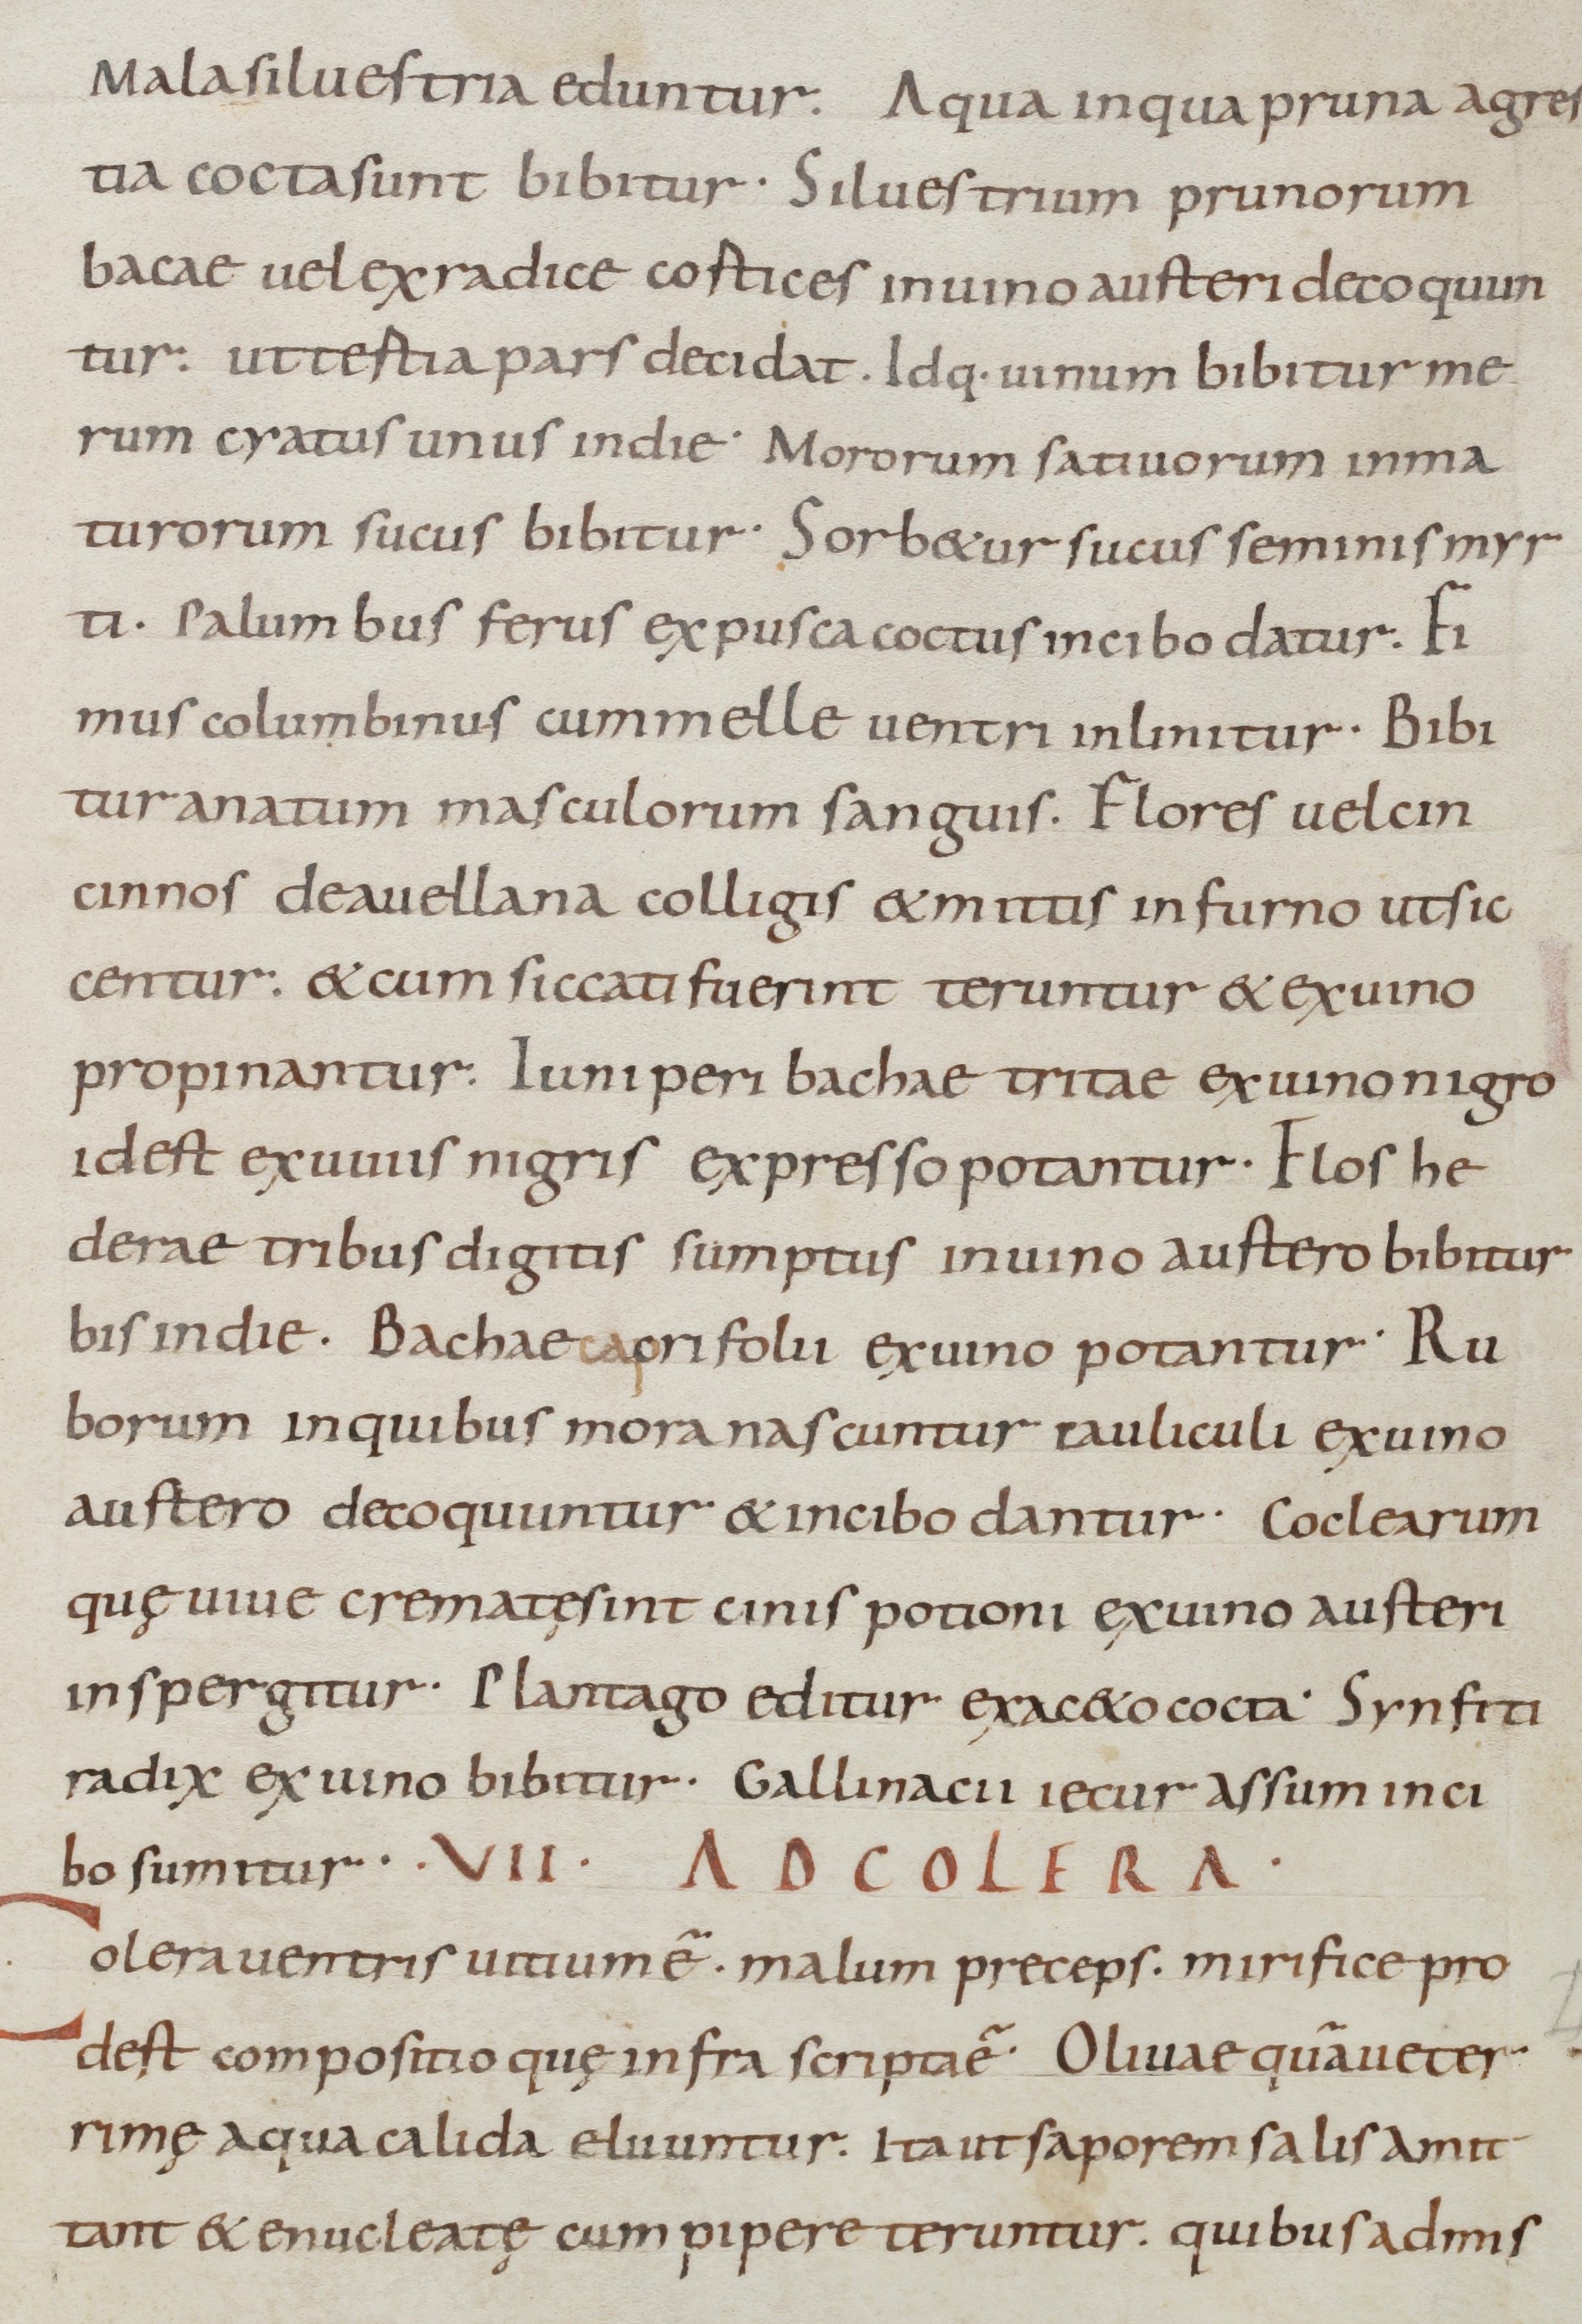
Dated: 900–1099